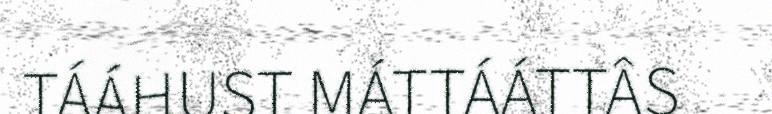
TÁÁHUST MÁTTÁÁTTÂS